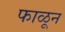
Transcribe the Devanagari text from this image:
फाळून